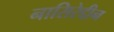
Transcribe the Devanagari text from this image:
नासिरेद्दीन